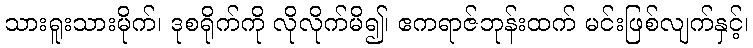
သားရူးသားမိုက်၊ ဒုစရိုက်ကို လိုလိုက်မိ၍၊ ဧကရာဇ်ဘုန်းထက် မင်းဖြစ်လျက်နှင့်၊